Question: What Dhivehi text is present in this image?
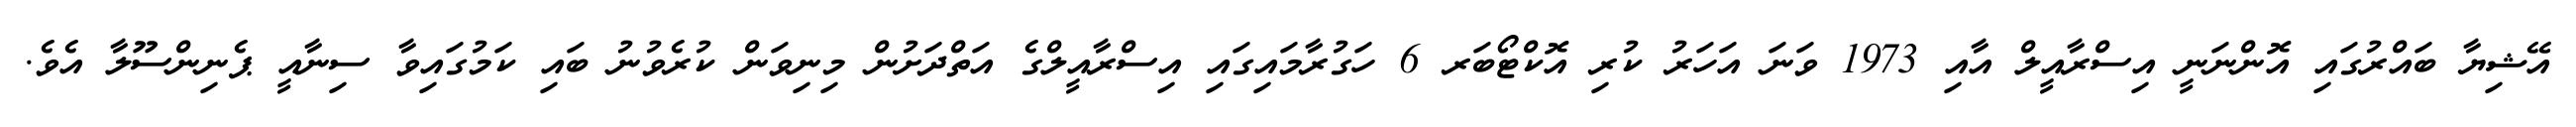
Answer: އޭޝިޔާ ބައްރުގައި އޮންނަނީ އިސްރާއީލް އާއި 1973 ވަނަ އަހަރު ކުރި އޮކްޓޯބަރ 6 ހަގުރާމައިގައި އިސްރާއީލްގެ އަތްދަށުން މިނިވަން ކުރެވުނު ބައި ކަމުގައިވާ ސިނާއީ ޕެނިންސޫލާ އެވެ.